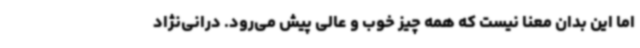
اما این بدان معنا نیست که همه چیز خوب و عالی پیش می‌رود. درانی‌نژاد